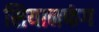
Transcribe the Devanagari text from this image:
सियानफंग